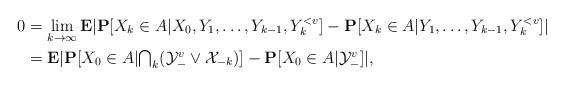
LaTeX: \begin{align*}0&=\lim_{k\to\infty}\mathbf{E}|\mathbf{P}[X_k\in A|X_0,Y_1,\ldots,Y_{k-1},Y_k^{<v}]-\mathbf{P}[X_k\in A|Y_1,\ldots,Y_{k-1},Y_k^{<v}]| \\ &= \mathbf{E}|\mathbf{P}[X_0\in A|\textstyle{\bigcap_k}(\mathcal{Y}_-^v\vee\mathcal{X}_{-k})]-\mathbf{P}[X_0\in A|\mathcal{Y}_-^v]|,\end{align*}